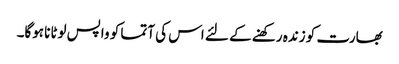
بھارت کو زندہ رکھنے کے لئے اس کی آتما کو واپس لوٹانا ہوگا۔